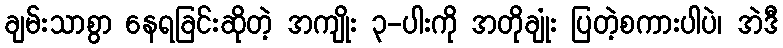
ချမ်းသာစွာ နေရခြင်းဆိုတဲ့ အကျိုး ၃-ပါးကို အတိုချုံး ပြတဲ့စကားပါပဲ၊ အဲဒီ